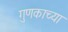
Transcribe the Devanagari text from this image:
गुणकाच्या